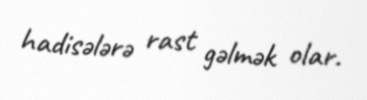
hadisələrə rast gəlmək olar.